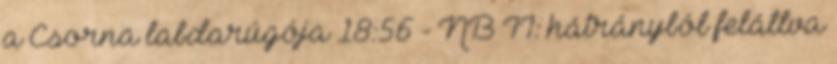
a Csorna labdarúgója 18:56 - NB II: hátrányból felállva